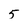
Character: 5